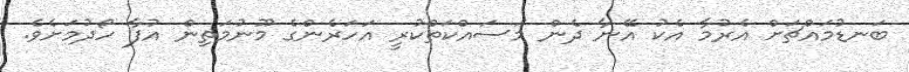
ބަނޑުމައްޗަށް އެރުމާ އެކު އޭނާ ދެން މަސައްކަތްކުރީ އަހަރެންގެ މޫނުމަތިން އުފާ ހޯދުމަށެވެ.